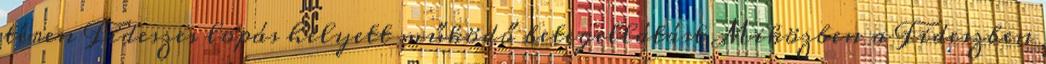
téren Fideszes lopás helyett működő betegellátást Miközben a Fideszben